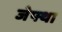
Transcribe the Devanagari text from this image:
जेफ्था